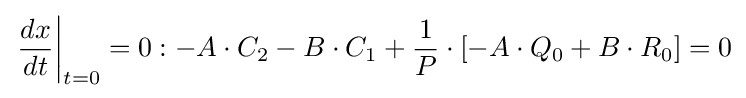
\left.{\frac {dx}{dt}}\right|_{t=0}=0:-A\cdot C_{2}-B\cdot C_{1}+{\frac {1}{P}}\cdot [-A\cdot Q_{0}+B\cdot R_{0}]=0